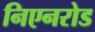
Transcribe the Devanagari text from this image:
निएनरोड